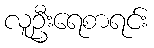
လူဦးရေစာရင်း